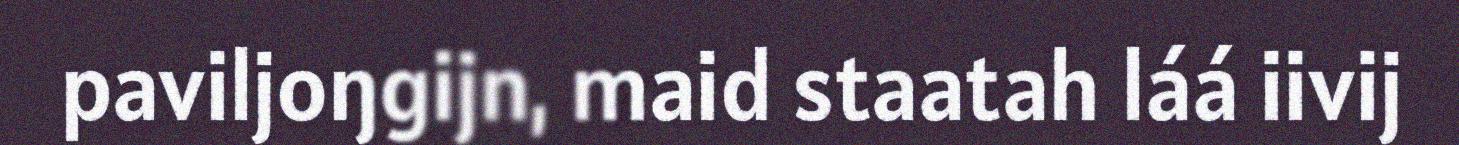
paviljoŋgijn, maid staatah láá iivij